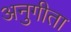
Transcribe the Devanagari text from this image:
अनुगीता